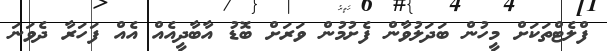
ފްލެޓްތަކަށް މީހުން ބަދަލުވާން ފެށުމުން ވަރަށް ބޮޑު އާބާދީއެއް އެއް ފަހަރާ ދެވަނަ